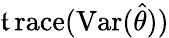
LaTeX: \operatorname{\mathfrak{t}race}(\operatorname{Var}({\hat{{\theta}}}))